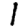
Digit: 1